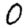
Digit: 0